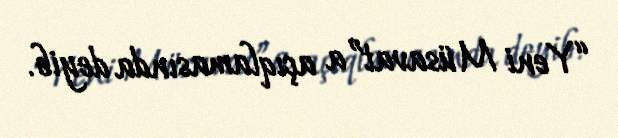
“Yeni Müsavat”a açıqlamasında deyib.